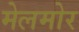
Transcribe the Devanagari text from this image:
मेलमोर